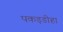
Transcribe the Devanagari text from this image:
पकड़डीहा